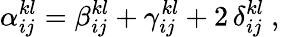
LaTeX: \alpha_{ij}^{kl}=\beta_{ij}^{kl}+\gamma_{ij}^{kl}+2\, \delta_{ij}^{kl}\mathrm{~,~}